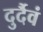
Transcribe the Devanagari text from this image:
दुर्दैवं